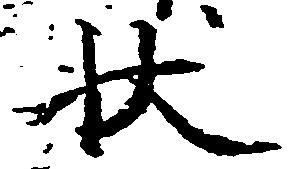
状